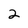
Character: 2